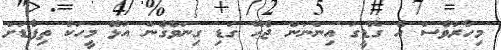
މިހާރުވެސް އެ ގޮޑީގަ އިންނަން ޖެހޭ ގަޑި ގިނަވެގެން އުޅޭ މީހަކު ތިފާޑަށް